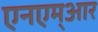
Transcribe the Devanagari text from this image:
एनएम्आर